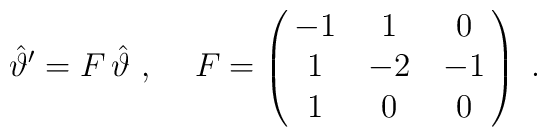
\hat\vartheta'=F\,\hat\vartheta~,\hskip 0.5cm  F=\left(\matrix{-1 & 1 & 0 \cr 1 &-2 & -1\cr 1 & 0 & 0}\right)~.